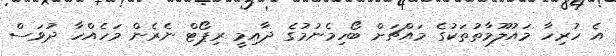
އެ ހުރިހާ މައުލޫމާތުތަކުގެ މައްޗަށް ބޯހިމެނުމުގެ ދާއިމީ ރިޕޯޓް ނެރެން މަހެއްހާ ދުވަސް